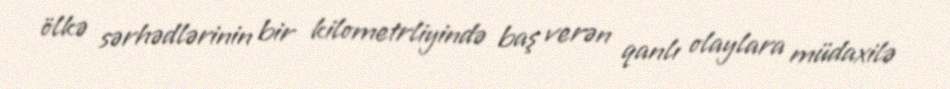
ölkə sərhədlərinin bir kilometrliyində baş verən qanlı olaylara müdaxilə